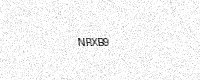
Text: NRXB9